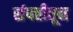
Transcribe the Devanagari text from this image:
संपत्तीतून